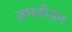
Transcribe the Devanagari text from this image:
अभयोजन